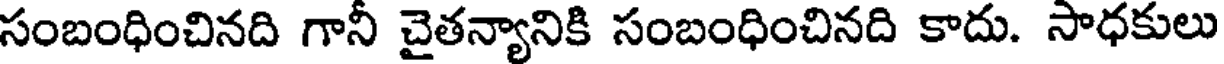
సంబంధించినది గానీ చైతన్యానికి సంబంధించినది కాదు. సాధకులు